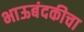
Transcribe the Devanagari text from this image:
भाऊबंदकीचा